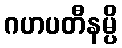
ဂဟပတီနမ္ပိ